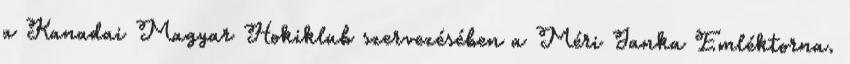
a Kanadai Magyar Hokiklub szervezésében a Méri Janka Emléktorna.